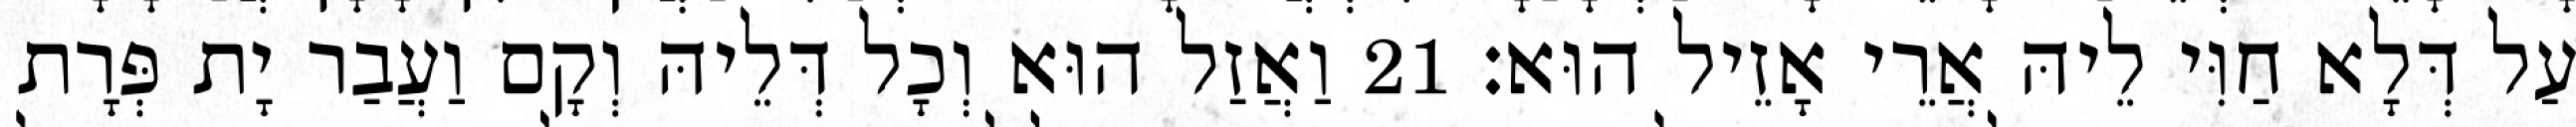
עַל דְּלָא חַוִּי לֵיהּ אֲרֵי אָזֵיל הוּא׃ 21 וַאֲזַל הוּא וְכָל דְּלֵיהּ וְקָם וַעֲבַר יָת פְּרָת